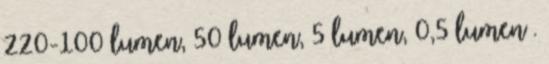
220-100 lumen, 50 lumen, 5 lumen, 0,5 lumen .